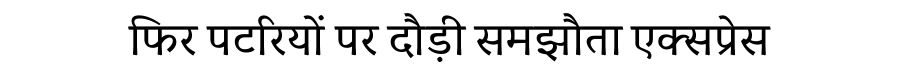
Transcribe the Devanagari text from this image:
फिर पटरियों पर दौड़ी समझौता एक्सप्रेस